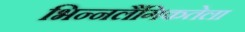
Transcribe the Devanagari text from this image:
भिन्नलैंगिकतेला